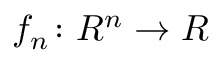
f _ { n } \colon R ^ { n } \to R